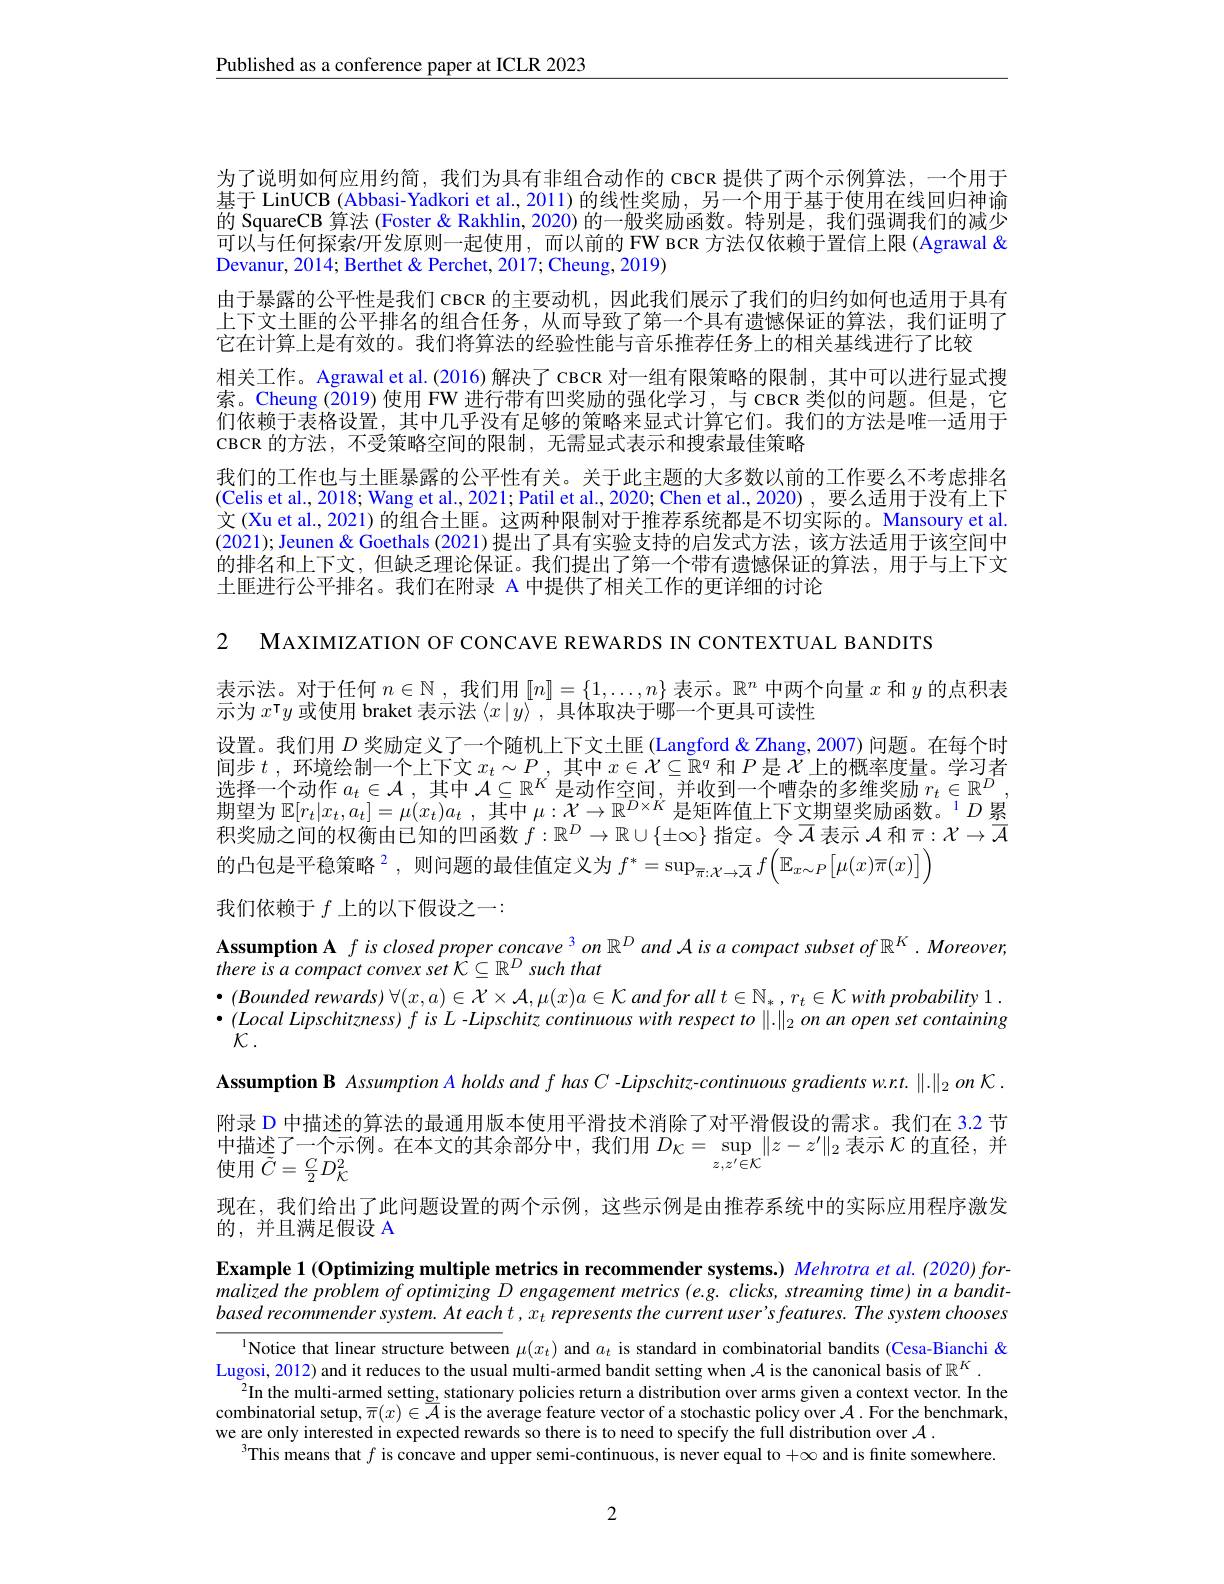
$\underline{\text{Published as a conference paper at ICLR 2023}}$

为了说明如何应用约简，我们为具有非组合动作的 CBCR 提供了两个示例算法，一个用于基于 LinUCB (Abbasi-Yadkori et al., 2011) 的线性奖励，另一个用于基于使用在线回归神谕的 SquareCB 算法 (Foster & Rakhlin, 2020) 的一般奖励函数。特别是，我们强调我们的减少可以与任何探索$l$开发原则一起使用，而以前的 FW вск 方法仅依赖于置信上限 (Agrawal & Devanur, 2014; Berthet & Perchet, 2017; Cheung, 2019)
由于暴露的公平性是我们 CBCR 的主要动机，因此我们展示了我们的归约如何也适用于具有上下文土匪的公平排名的组合任务，从而导致了第一个具有遗憾保证的算法，我们证明了它在计算上是有效的。我们将算法的经验性能与音乐推荐任务上的相关基线进行了比较
相关工作。Agrawal et al. (2016) 解决了 CBCR 对一组有限策略的限制，其中可以进行显式搜索。Cheung (2019) 使用 FW 进行带有凹奖励的强化学习，与 CBCR 类似的问题。但是，它们依赖于表格设置，其中几乎没有足够的策略来显式计算它们。我们的方法是唯一适用于$\operatorname{CBCR}$的方法，不受策略空间的限制，无需显式表示和搜索最佳策略
我们的工作也与土匪暴露的公平性有关。关于此主题的大多数以前的工作要么不考虑排名(Celis et al., 2018; Wang et al., 2021; Patil et al., 2020; Chen et al., 2020), 要么适用于没有上下文 (Xu et al., 2021) 的组合土匪。这两种限制对于推荐系统都是不切实际的。Mansoury et al (2021); Jeunen & Goethals (2021)提出了具有实验支持的启发式方法，该方法适用于该空间中的排名和上下文，但缺乏理论保证。我们提出了第一个带有遗憾保证的算法，用于与上下文土匪进行公平排名。我们在附录 A 中提供了相关工作的更详细的讨论

2 MAXIMIZATION OF CONCAVE REWARDS IN CONTEXTUAL BANDITS
表示法。对于任何$n\in\mathbb{N}$,我们用$[n]=\{1,\ldots,n\}$表示。$\mathbb{R}^n$中两个向量$x$和$y$的点积表
示为$x^\intercal y$或使用 braket 表示法$\langle x|y\rangle$ ,具体取决于哪一个更具可读性
设置。我们用$D$奖励定义了一个随机上下文土匪 (Langford & Zhang, 2007) 问题。在每个时间步$t$,环境绘制一个上下文$x_t\sim P$,其中$x\in\mathcal{X}\subseteq\mathbb{R}^q$和$P$是$\mathcal{X}_\text{上的概率度量。学习者}$ 选择一个动作$a_t\in\mathcal{A}$ ,其中$\mathcal{A}\subseteq\mathbb{R}^K$是动作空间，并收到一个嘈杂的多维奖励$r_t\in\mathbb{R}^D$ 期望为$\mathbb{E}[r_t|x_t,a_t]=\mu(x_t)a_t$,其中$\mu:\mathcal{X}\to\mathbb{R}^D\times K$是矩阵值上下文期望奖励函数。$^1D$累积奖励之间的权衡由已知的凹函数$f:\mathbb{R}^D\to\mathbb{R}\cup\{\pm\infty\}$指定。令$\overline{A}$表示$\mathcal{A}$和$\bar{\pi}:\mathcal{X}\to\overline{\mathcal{A}}$ 的凸包是平稳策略$^{2}$,则问题的最佳值定义为 $f^*=\sup_{\overline{\pi}:\mathcal{X}\to\overline{\mathcal{A}}}f\left(\mathbb{E}_{x\sim P}[\mu(x)\overline{\pi}(x)]\right)$
我们依赖于$f$上的以下假设之一：

Assumption A $fisclosed\text{ proper concave }^3on\mathbb{R}^D$ and Ais a compact subset of $\mathbb{R} ^K. \textit{ Moreover, }$
there is a compact convex set K C R D such that
$\bullet \left ( \text{Bounded rewards}\right ) \forall ( x, a) \in \mathcal{X} \times \mathcal{A} , \mu ( x) a\in \mathcal{K}$ and for all $t\in \mathbb{N} _* $, $r_t\in \mathcal{K}$ with probability 1. $\bullet(Local$ Lipschitzness) f is L - Lipschitz continuous with respect to $\|.\|_2$ on an open set containing $\mathcal{K}.$
Assumption B Assumption A holds and $f$ has $C$ -Lipschitz-continuous gradients w.rt.$\|.\|_2$ on K. 附录 D 中描述的算法的最通用版本使用平滑技术消除了对平滑假设的需求。我们在 3.2 节中 描 述 了 一 个 示 例 。在 本 文 的 其 余 部 分 中 , 我 们 用 $D_{\mathcal{K} }= \sup _{z, z^{\prime }\in \mathcal{K} }\| z- z^{\prime }\| _{2}$ 表 示 $\mathcal{K}$ 的 直 径 , 并 使 用 $\tilde{C} = \frac C2D_{\mathcal{K} }^{2}$ 现在，我们给出了此问题设置的两个示例，这些示例是由推荐系统中的实际应用程序激发的，并且满足假设 A
Example 1 (Optimizing multiple metrics in recommender systems.) Mehrotra et al. (2020) formalized the problem of optimizing D engagement metrics (e.g. clicks, streaming time) in a bandit-

based recommender system. At each t, x represents the current user's features. The system chooses

$^{\text{l}}$Notice that linear structure between $\mu(x_t)$ and $a_t$ is standard in combinatorial bandits (Cesa-Bianchi &
Lugosi, 2012) and it reduces to the usual multi-armed bandit setting when $\mathcal{A}$ is the canonical basis of $\mathbb{R}^K.$
$^{2}$In the multi-armed setting, stationary policies return a distribution over arms given a context vector. In the combinatorial setup, $\pi(x)\in\overline{\mathcal{A}}$ is the average feature vector of a stochastic policy over $\mathcal{A}.$ For the benchmark, we are only interested in expected rewards so there is to need to specify the full distribution over $\mathcal{A}.$
$^{3}$This means that $f$ is concave and upper semi-continuous, is never equal to $+\infty$ and is finite somewhere.

2